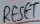
Text: RESET